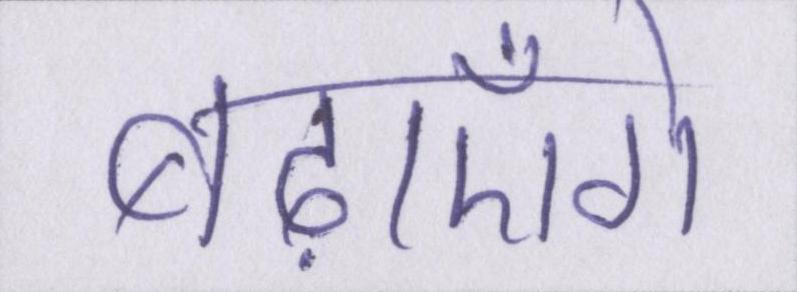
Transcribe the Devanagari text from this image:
बढ़ाएँगे